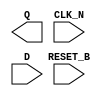
module sky130_fd_sc_hd__dfrtn (
    Q      ,
    CLK_N  ,
    D      ,
    RESET_B
);

    output Q      ;
    input  CLK_N  ;
    input  D      ;
    input  RESET_B;

    // Voltage supply signals
    supply1 VPWR;
    supply0 VGND;
    supply1 VPB ;
    supply0 VNB ;

endmodule